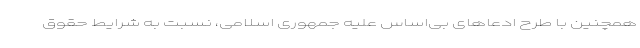
همچنین با طرح ادعا‌های بی‌اساس علیه جمهوری اسلامی، نسبت به شرایط حقوق